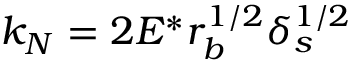
k _ { N } = 2 E ^ { * } r _ { b } ^ { 1 / 2 } \delta _ { s } ^ { 1 / 2 }